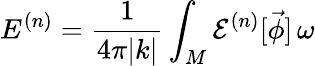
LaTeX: E^{(n)}=\frac{1}{4\pi|k|}\int_{M}{\cal E}^{(n)}[\vec{\phi}]\, \omega